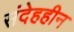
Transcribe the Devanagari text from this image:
संदेहहीन